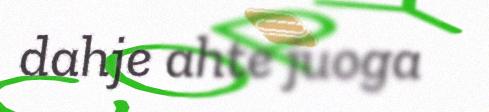
dahje ahte juoga